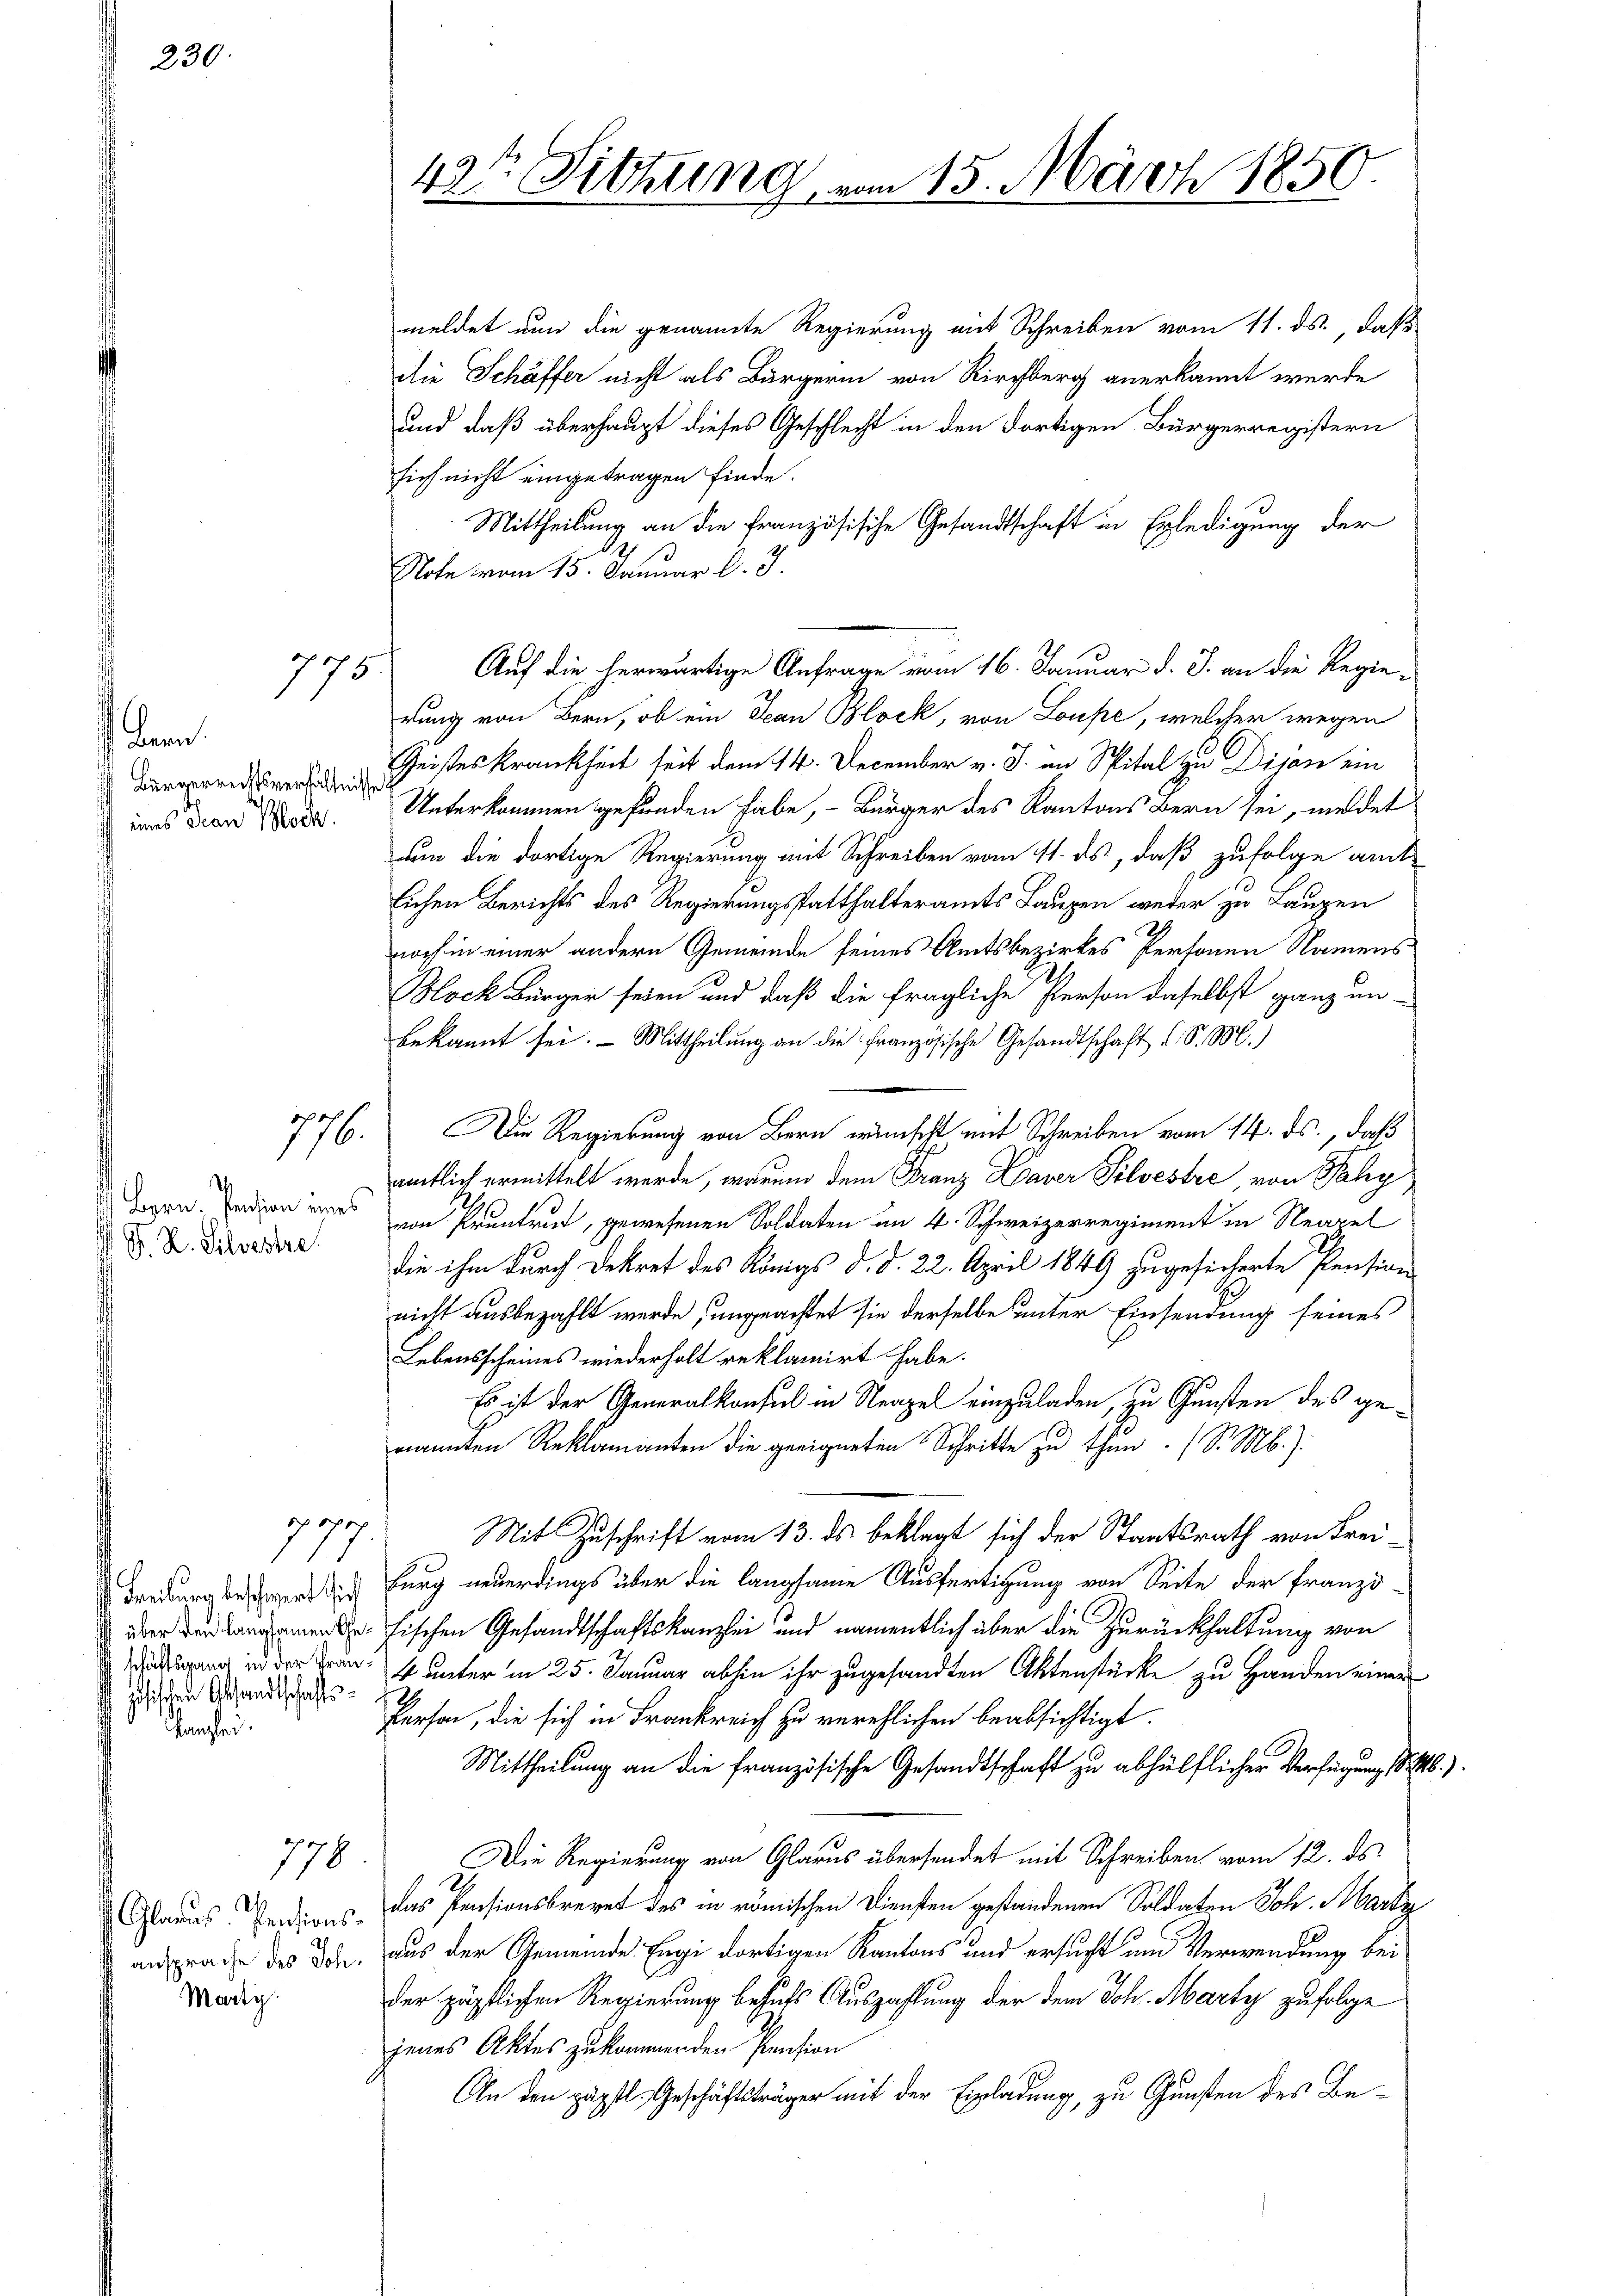
230.

Bern.
Bürgerrechtsverhältnisse.
 eines Frau Bloch

Kanzlei.

775.

776.

Ich
S. K. Silvestre

zösischen Gesandtschafts¬

777.

778

Glarus. Pensions
Marti

meldet nun die genannte Regierung mit Schreiben vom 11. ds., daß
die Schäffer nicht als Bürgerin von Kirchberg anerkannt wurde
und daß überhaupt dieses Geschlecht in den dortigen Bürgerregistern
sich nicht eingetragen finde.
Mittheilung an die französische Gesandtschaft in Erledigung der
Note vom 15. Januar l. J.
Auf die herwärtige Anfrage vom 16. Januar d. J. an die Regie-
rung von Bern, ob ein Decan Block, von Loupe, welcher wegen
Geisteskrankheit seit dem 14. December v. J. an Spital zu Dijan ein
Unterkommen gefunden habe, – Bürger des Kantons Bern sei, meldet
um die dortige Regierung mit Schreiben vom 11. ds, daß zufolge amtlichen Berichts des Regierungsstatthalteramts Laupen weder zu Laupen
2
noch in einer andern Gemeinde seines Amtsbezirkes Personen Namens
Block Bürger seien und daß die fragliche Person daselbst ganz un-
bekannt sei. - Mittheilung an die Französische Gesandtschaft d. d. M.)
Die Regierung von Bern wünscht mit Schreiben vom 14. ds., daß
amtlich ermittelt werde, warum dem Franz Xaver Silvestre, von Sahy
dgen. Jeden wird von Pruntrut, gewesenen Soldaten im 4. Schweizerregiment in Neapel
die ihm durch Dekret des Königs d. d. 22. April 1849 zugesicherte Pension
nicht ausbezahlt werde, ungeachtet sie derselbe unter Einsendung seines
Lebensscheines wiederholt reklamirt habe.
Es ist der Generalkonsul in Neapel einzuladen, zu Gunsten des genannten Reklamanten die geeigneten Schritte zu thun. (S. M.):
Mit Zuschrift vom 13. ds beklagt sich der Staatsrath von Freidredung bewerburg neuerdings über die langsame Ausfertigung von Seite der franzö¬
 Fischen Gesandtschaftskanzlei und namentlich über die Zurückhaltung von
gang in der Frank unter in 25. Januar abhin ihr zugesandten Aktenstücke zu Handen einer
Person, die sich in Frankreich zu verehlichen beabsichtigt.
Mittheilung an die französische Gesandtschaft zu abhülflicher Verfügung d. M.).
Die Regierung von Glarus übersendet mit Schreiben vom 12. ds.
das Pensionsbrevet des in römischen Diensten gestandenen Soldaten Joh. Marke
ansprache des Dir, aus der Gemeinde Engi dortigen Kantons und ersucht und Verwendung bei
der zärtlichen Regierung behufs Auszahlung der dem Joh. Marty zufolge
jenes Aktes zukommenden Pension
An den päpstl. Geschäftsträger mit der Einladung, zu Gunsten des Be¬

42te Sitzung vom 15. März 1850.